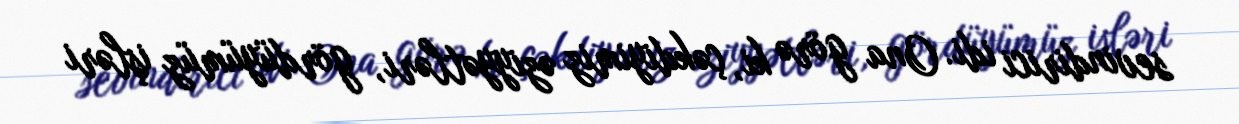
sevindirici idi. Ona görə ki, çəkdiyimiz əziyyətləri, gördüyümüz işləri